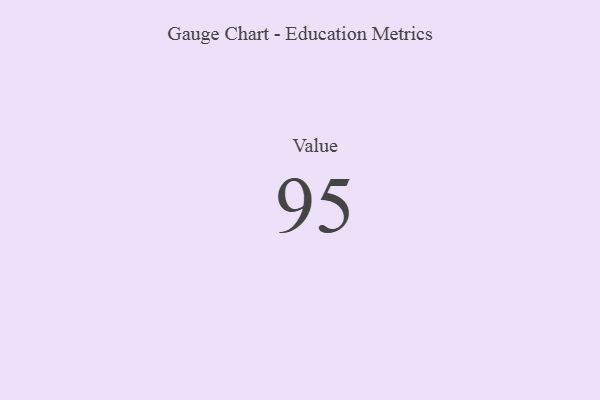
{"axis": {"x": "Metric", "y": "Value"}, "legend": [""], "data": [{"x": "Value", "y": 95, "type": ""}]}